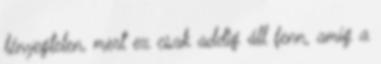
lényegtelen, mert ez csak addig áll fenn, amíg a